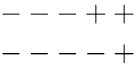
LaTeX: \begin{array}{c}{{---++}}\\ {{----+}}\end{array}